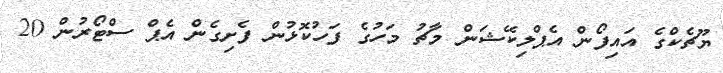
ޔޫޗެކްގެ އައިފޯން އެޕްލިކޭޝަން މާޗު މަހުގެ ފަހުކޮޅުން ފެށިގެން އެޕް ސްޓޯރުން 20